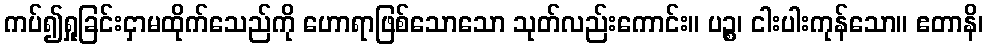
ကပ်၍ရှုခြင်းငှာမထိုက်သေည်ကို ဟောရာဖြစ်သောသော သုတ်လည်းကောင်း။ ပဉ္စ၊ ငါးပါးကုန်သော။ ဧတာနိ၊